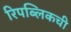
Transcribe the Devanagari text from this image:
रिपब्लिकची